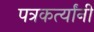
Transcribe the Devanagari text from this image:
पत्रकर्त्यांनी